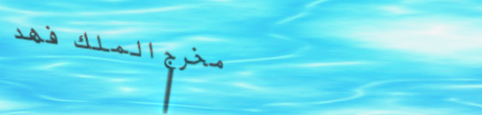
مخرج الملك فهد